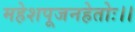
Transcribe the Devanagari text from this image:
महेशपूजनहेतोः।।